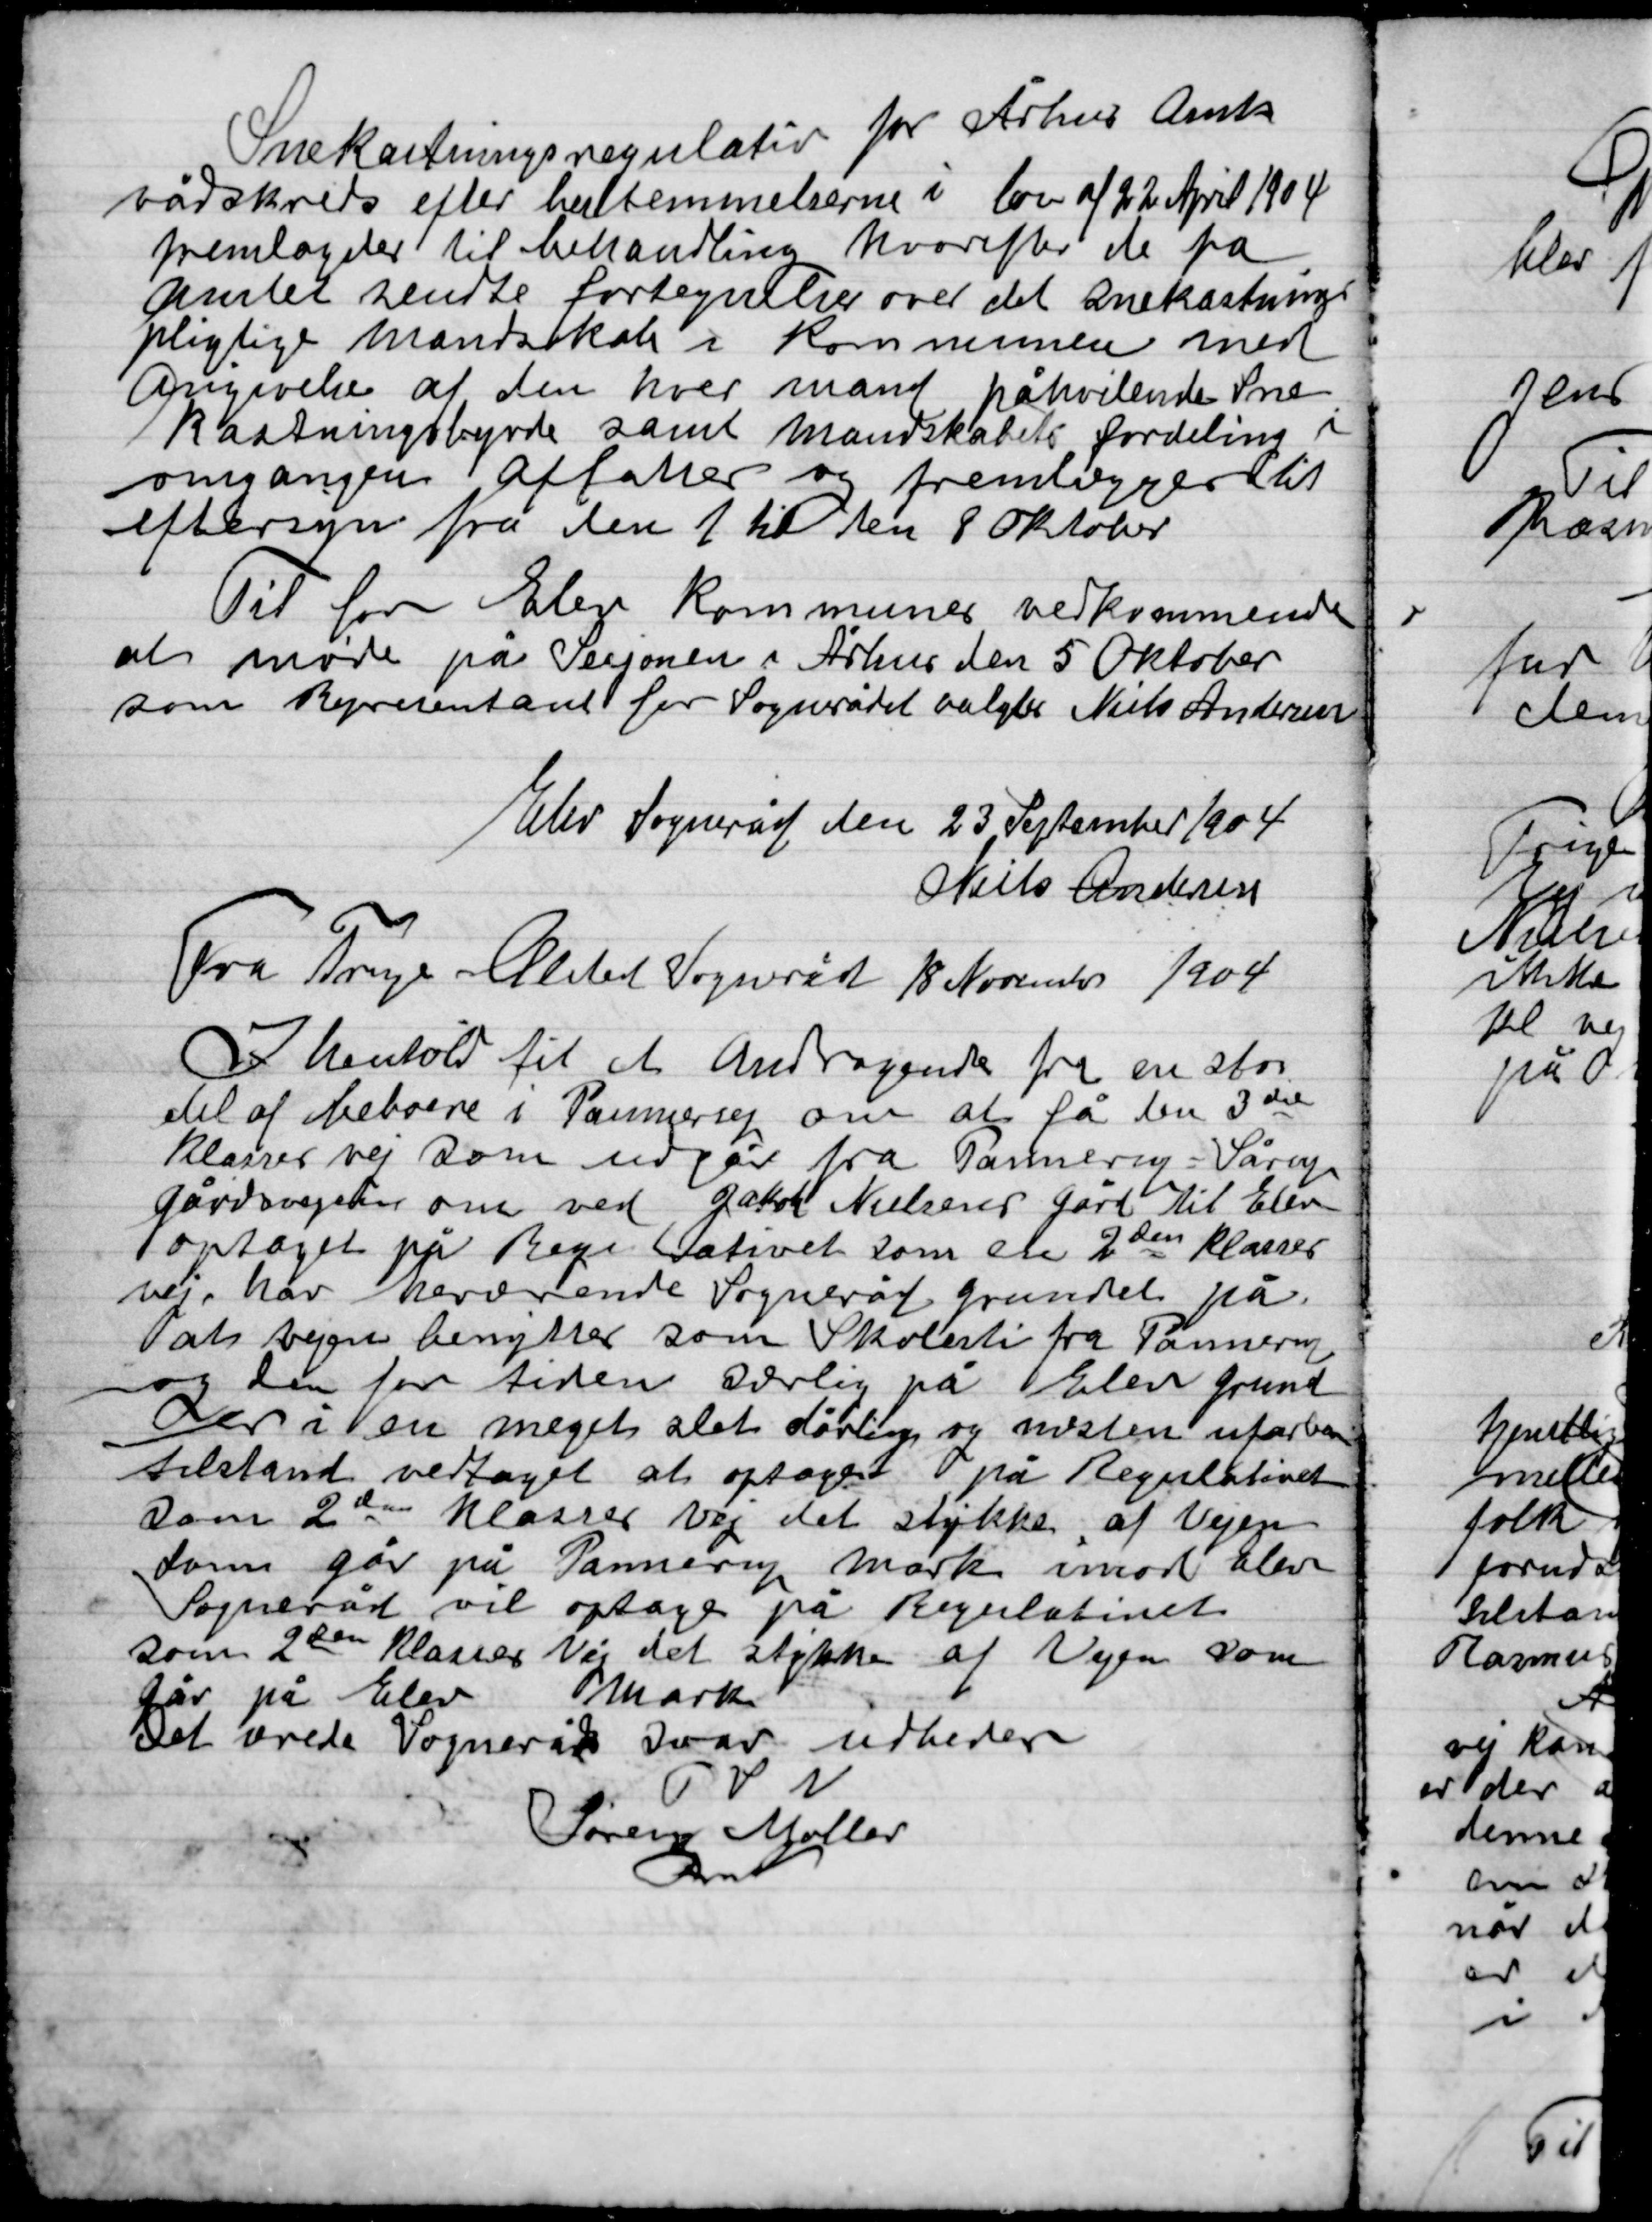
Transskription:
Snekastningsregulativ for Århus Amt-
rådskreds efter bestemmelserne i loven af 22 April 1904
fremlagdes til behandling hvorefter de fra
Amtet sendte fortegnelser over det snekastnings
pligtige mandskab i Kommunen med
angivelse af den her mand påhvilende Sne-
kastningsbyrde samt mandskabets fordeling i
omegnens affatter sig frem liggende til
eftersyn fra den 1 til den 8 Oktober

Til for Elev Kommuners vedkommende
at møde på Sesjonen i Århus den 5 Oktober
som Repræsentant for Sognerådet valgtes Niels Andersen

Elev sogneråd den 23 September 1904

Niels Andersen

Fra Trig Ølsted Sogneråd 18 november 1904
I henhold til et Andragende fra en stor
del af beboerne i Pannerup om at få den 3die
klasses vej som udgår fra Pannerup = Sårup
gårdvejen om ved gårdej. Nielsens gård til Elev
optaget på Regulativet som sti 2den klasses
vej, har herværende Sogneråd grundet på
at vejen benyttes som Skolesti fra Pannerup
og den for tiden svarlig på Elev grund
er i en meget slet dårlig vej og næsten ufarbar
tilstande vedtaget at optage på Regulativet
som 2den klasses vej det stykke af Vejen
den går på Pannerup mark imod Elev
Sogneråd vil optage på Regulativet
som 2den klasses Vej det stykke af vejen som
Går på Elev Mark
Det ærede sogneråd svar udbedes
P.S.V.
Søren Møller
Fmd.